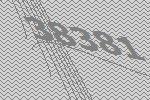
38381